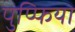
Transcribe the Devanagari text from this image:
पुप्फिया